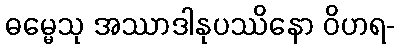
ဓမ္မေသု အဿာဒါနုပဿိနော ဝိဟရ-